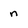
Character: n